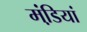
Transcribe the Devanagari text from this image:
मंडि़यां